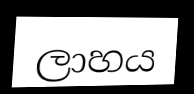
ලාහය